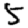
Digit: 5